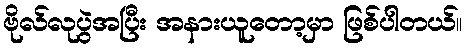
ဗိုလ်လုပွဲအပြီး အနားယူတော့မှာ ဖြစ်ပါတယ်။